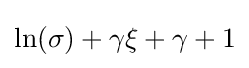
\ln(\sigma )+\gamma \xi +\gamma +1